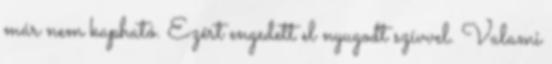
már nem kapható. Ezért engedett el nyugodt szívvel. Valami